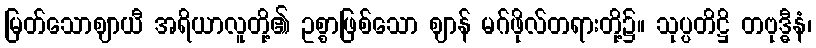
မြတ်သောဈာယီ အရိယာလူတို့၏ ဥစ္စာဖြစ်သော ဈာန် မဂ်ဖိုလ်တရားတို့၌။ သုပ္ပတိဋ္ဌိ တဗုဒ္ဓီနံ၊